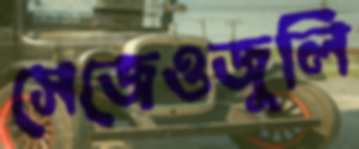
সেজেওজুলি